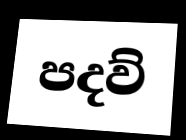
පදව්